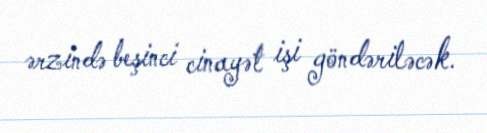
ərzində beşinci cinayət işi göndəriləcək.